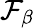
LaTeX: \mathcal{F}_{\beta}